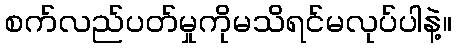
စက်လည်ပတ်မှုကိုမသိရင်မလုပ်ပါနဲ့။